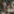
كول